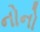
નોનો